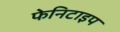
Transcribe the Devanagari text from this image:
फेनिटाइप